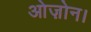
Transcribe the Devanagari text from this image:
ओज़ोन।